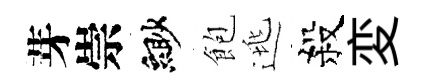
芽崇緲飽逃殺変